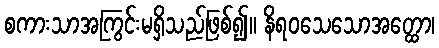
စကားသာအကြွင်းမရှိသည်ဖြစ်၍။ နိရဝသေသောအတ္ထော၊